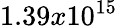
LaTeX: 1.39x10^{15}